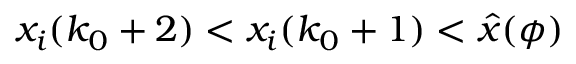
x _ { i } ( k _ { 0 } + 2 ) < x _ { i } ( k _ { 0 } + 1 ) < \hat { x } ( \phi )